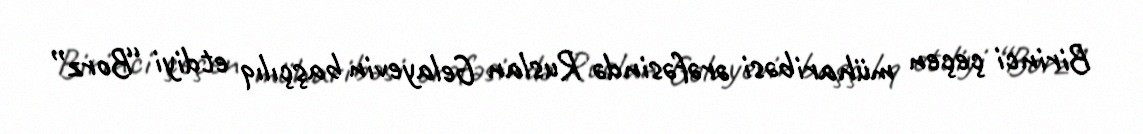
Birinci çeçen müharibəsi ərəfəsində Ruslan Gelayevin başçılıq etdiyi “Borz”